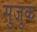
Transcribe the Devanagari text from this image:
सुजुक